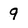
Character: 9